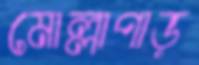
মোল্লাপাড়